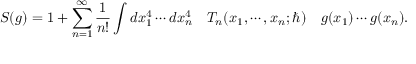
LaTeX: S ( g ) = 1 + \sum _ { n = 1 } ^ { \infty } \frac { 1 } { n ! } \int d x _ { 1 } ^ { 4 } \cdots d x _ { n } ^ { 4 } \quad T _ { n } ( x _ { 1 } , \cdots , x _ { n } ; \hbar ) \quad g ( x _ { 1 } ) \cdots g ( x _ { n } ) .